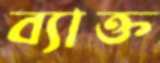
ব্যাক্ত